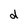
Character: d